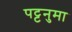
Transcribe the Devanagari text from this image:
पट्टनुमा